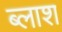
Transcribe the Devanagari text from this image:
ब्लाश